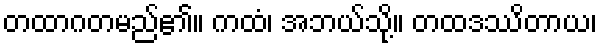
တထာဂတမည်၏။ ကထံ၊ အဘယ်သို့။ တထဒဿိတာယ၊